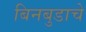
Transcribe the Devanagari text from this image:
बिनबुडाचे